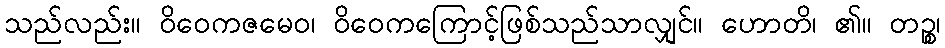
သည်လည်း။ ဝိဝေကဇမေဝ၊ ဝိဝေကကြောင့်ဖြစ်သည်သာလျှင်။ ဟောတိ၊ ၏။ တဉ္စ၊